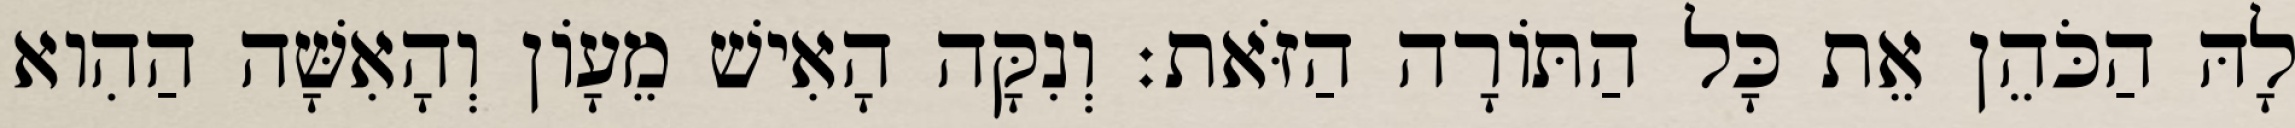
לָהּ הַכֹּהֵן אֵת כָּל הַתּוֹרָה הַזֹּאת׃ וְנִקָּה הָאִישׁ מֵעָוֹן וְהָאִשָּׁה הַהִוא